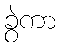
ခွဲကာ